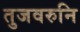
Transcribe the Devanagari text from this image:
तुजवरुनि